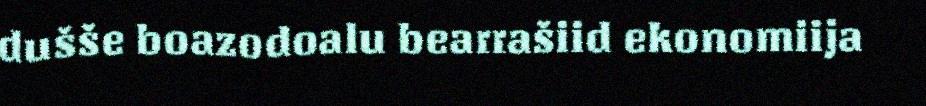
dušše boazodoalu bearrašiid ekonomiija